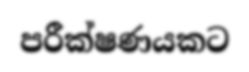
පරීක්ෂණයකට